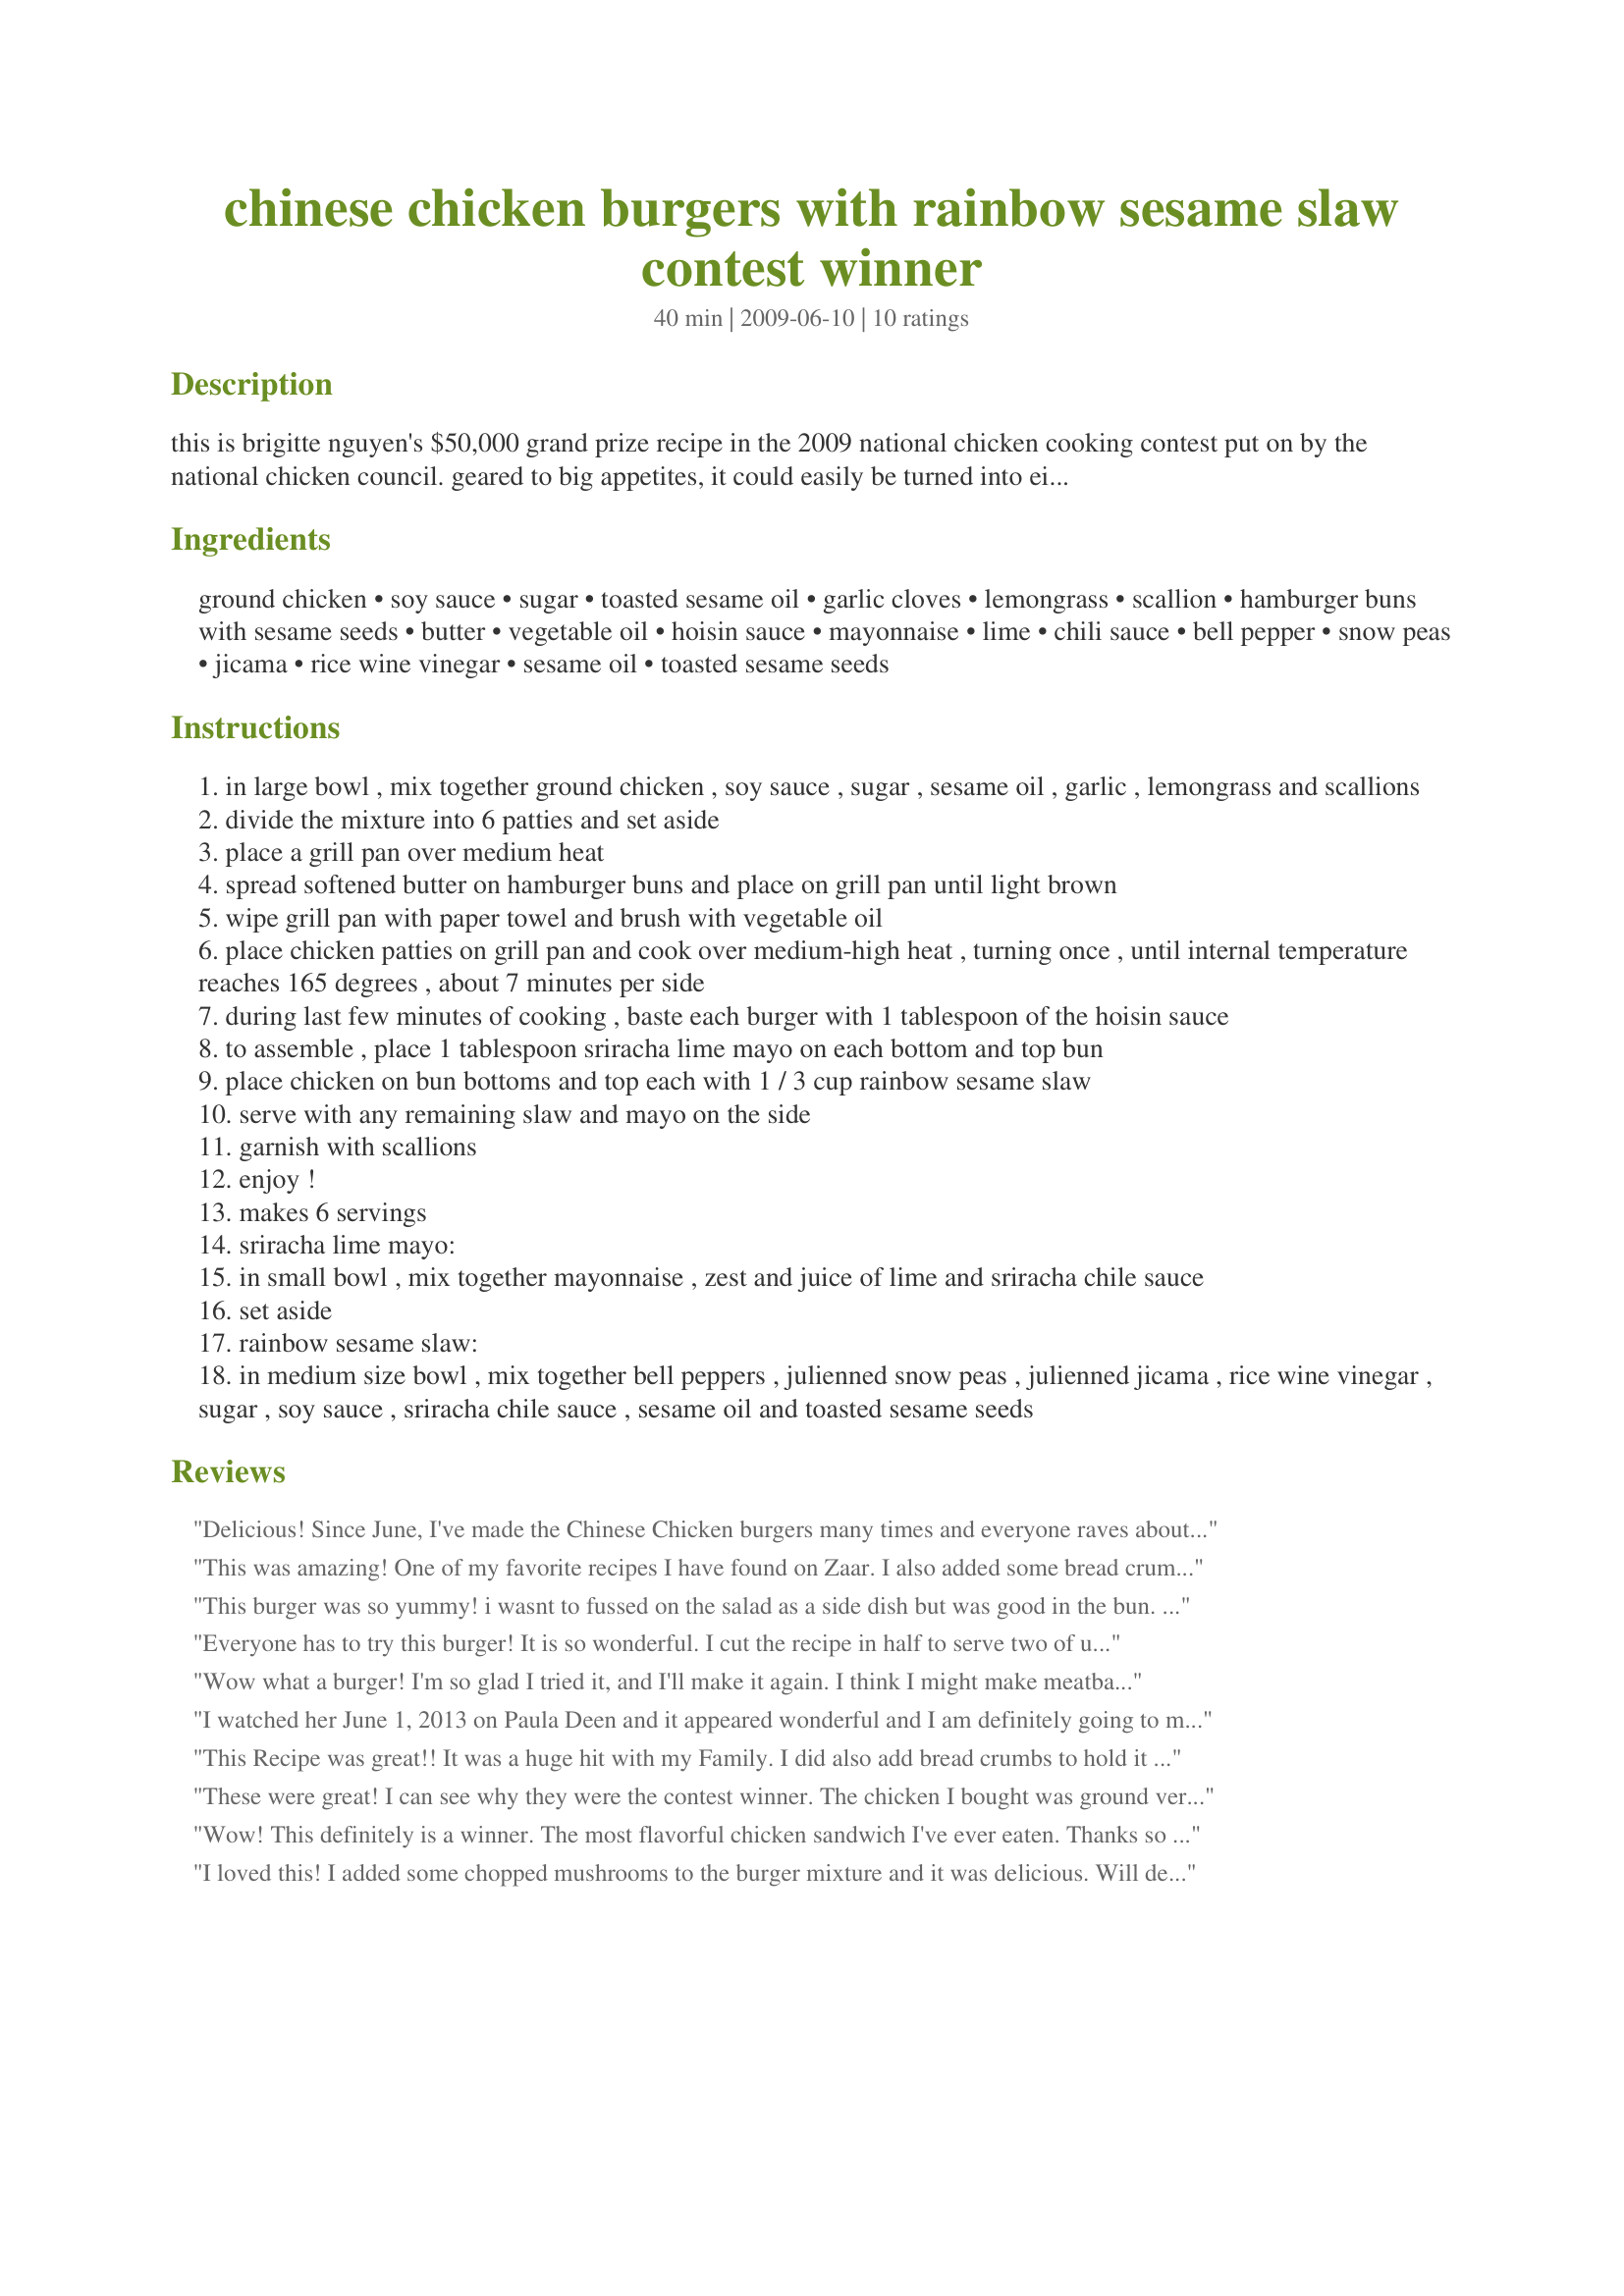
chinese chicken burgers with rainbow sesame slaw contest winner
Preparation time: 40 minutes

this is brigitte nguyen's $50,000 grand prize recipe in the 2009 national chicken cooking contest put on by the national chicken council. geared to big appetites, it could easily be turned into eight burgers rather than six. cook them on the grill or in a frying pan if you prefer. as a shortcut, you could substitute 2 cups of already-grated cabbage for the julienned vegetables in the slaw. look for sriracha chile sauce on the asian aisle of the supermarket. any type of asian chile sauce may be substituted.

Ingredients:
ground chicken, soy sauce, sugar, toasted sesame oil, garlic cloves, lemongrass, scallion, hamburger buns with sesame seeds, butter, vegetable oil, hoisin sauce, mayonnaise, lime, chili sauce, bell pepper, snow peas, jicama, rice wine vinegar, sesame oil, toasted sesame seeds

Steps:
in large bowl , mix together ground chicken , soy sauce , sugar , sesame oil , garlic , lemongrass and scallions
divide the mixture into 6 patties and set aside
place a grill pan over medium heat
spread softened butter on hamburger buns and place on grill pan until light brown
wipe grill pan with paper towel and brush with vegetable oil
place chicken patties on grill pan and cook over medium-high heat , turning once , until internal temperature reaches 165 degrees , about 7 minutes per side
during last few minutes of cooking , baste each burger with 1 tablespoon of the hoisin sauce
to assemble , place 1 tablespoon sriracha lime mayo on each bottom and top bun
place chicken on bun bottoms and top each with 1 / 3 cup rainbow sesame slaw
serve with any remaining slaw and mayo on the side
garnish with scallions
enjoy !
makes 6 servings
sriracha lime mayo:
in small bowl , mix together mayonnaise , zest and juice of lime and sriracha chile sauce
set aside
rainbow sesame slaw:
in medium size bowl , mix together bell peppers , julienned snow peas , julienned jicama , rice wine vinegar , sugar , soy sauce , sriracha chile sauce , sesame oil and toasted sesame seeds

Reviews:
Delicious! Since June, I've made the Chinese Chicken burgers many times and everyone raves about them. Instead of buying the ground chicken, I buy the boneless skinless chicken and grind it myself in the food processor. It's about 1/2 the price per pound that way. A couple pulses does the trick. I've also made these as an appetizer! It makes about 24 to 26 appetizers. I prefer cooking these on the George Foreman grill, so I can get the grill lines! ;-)
This was amazing! One of my favorite recipes I have found on Zaar. I also added some bread crumbs to the chicken mixture as the last reviewer suggested. I used low sodium soy sauce and ended up making the patties oblong to fit on hot dog buns because I had a bunch left over and wanted to use them up. Cooked up the meat and buns on the grill outside. Besides that we prepared exactly as written. I can't say enough about how great these were. The slaw on the burgers gave a fantastic crunch. They were sweet and spicy and oh so good! I can't wait to make these for family and friends. Thank you!!!! Made for PRMR tag game.
This burger was so yummy! i wasnt to fussed on the salad as a side dish but was good in the bun. I was weary at first but trusted the good reviews. And am happy i did =]
Everyone has to try this burger! It is so wonderful. I cut the recipe in half to serve two of us and didn't serve with the bun. The flavors are great in the burger and be sure not to forget the hoisin sauce. I did go easy on the Sriracha sauce as I know if can be so hot. Will make many times in the future.
Wow what a burger! I'm so glad I tried it, and I'll make it again. I think I might make meatballs & make a hoisen sauce bbq sauce and serve over some type of pasta. I'm not wild about vinegar, but the rainbow slaw was SUPERB. I always make recipes exact the first time and then alter if I make it again, but no need to change anything, it was perfect!
I watched her June 1, 2013 on Paula Deen and it appeared wonderful and I am definitely going to make her recipe.&lt;br/&gt;&lt;br/&gt;The only thing I am going to &quot;add&quot; is instead of bread crumbs, I&#039;m using Panko crumbs (even though they are Japanese bread crumbs, please forgive me).&lt;br/&gt;&lt;br/&gt;Thanks, Darlene in Tennessee
This Recipe was great!! It was a huge hit with my Family. I did also add bread crumbs to hold it together better. Just a note cut the slaw very very thin it is better that way. Thanks!!
These were great! I can see why they were the contest winner. The chicken I bought was ground very fine so I added a cup of fresh bread crumbs. I cut the soy sauce in half and added a tablespoon of fresh ginger. I fried the patties on the stove and added a little water a couple of times to deglaze the pan. This made a nice glaze on the patties. The burger was also good with some sweet chili sauce on it. Wow- Thanks Sharon!
Wow! This definitely is a winner. The most flavorful chicken sandwich I've ever eaten. Thanks so much for sharing. The slaw is definitely not meant as a side. On top of the sandwich it is fabulous! Added in some breadcrumbs to the chicken as I was worried it wouldn't hold together. I love the lime in the mayo. So much flavor going on, and it is all complimentary! I'd give it more stars if I could. Probably my fave recipe so far on Zaar!
I loved this! I added some chopped mushrooms to the burger mixture and it was delicious. Will definitely make this again!
